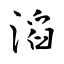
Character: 滔